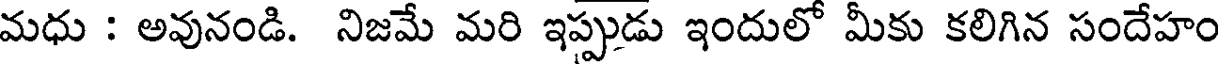
మధు : అవునండి. నిజమే మరి ఇప్పుడు ఇందులో మీకు కలిగిన సందేహం